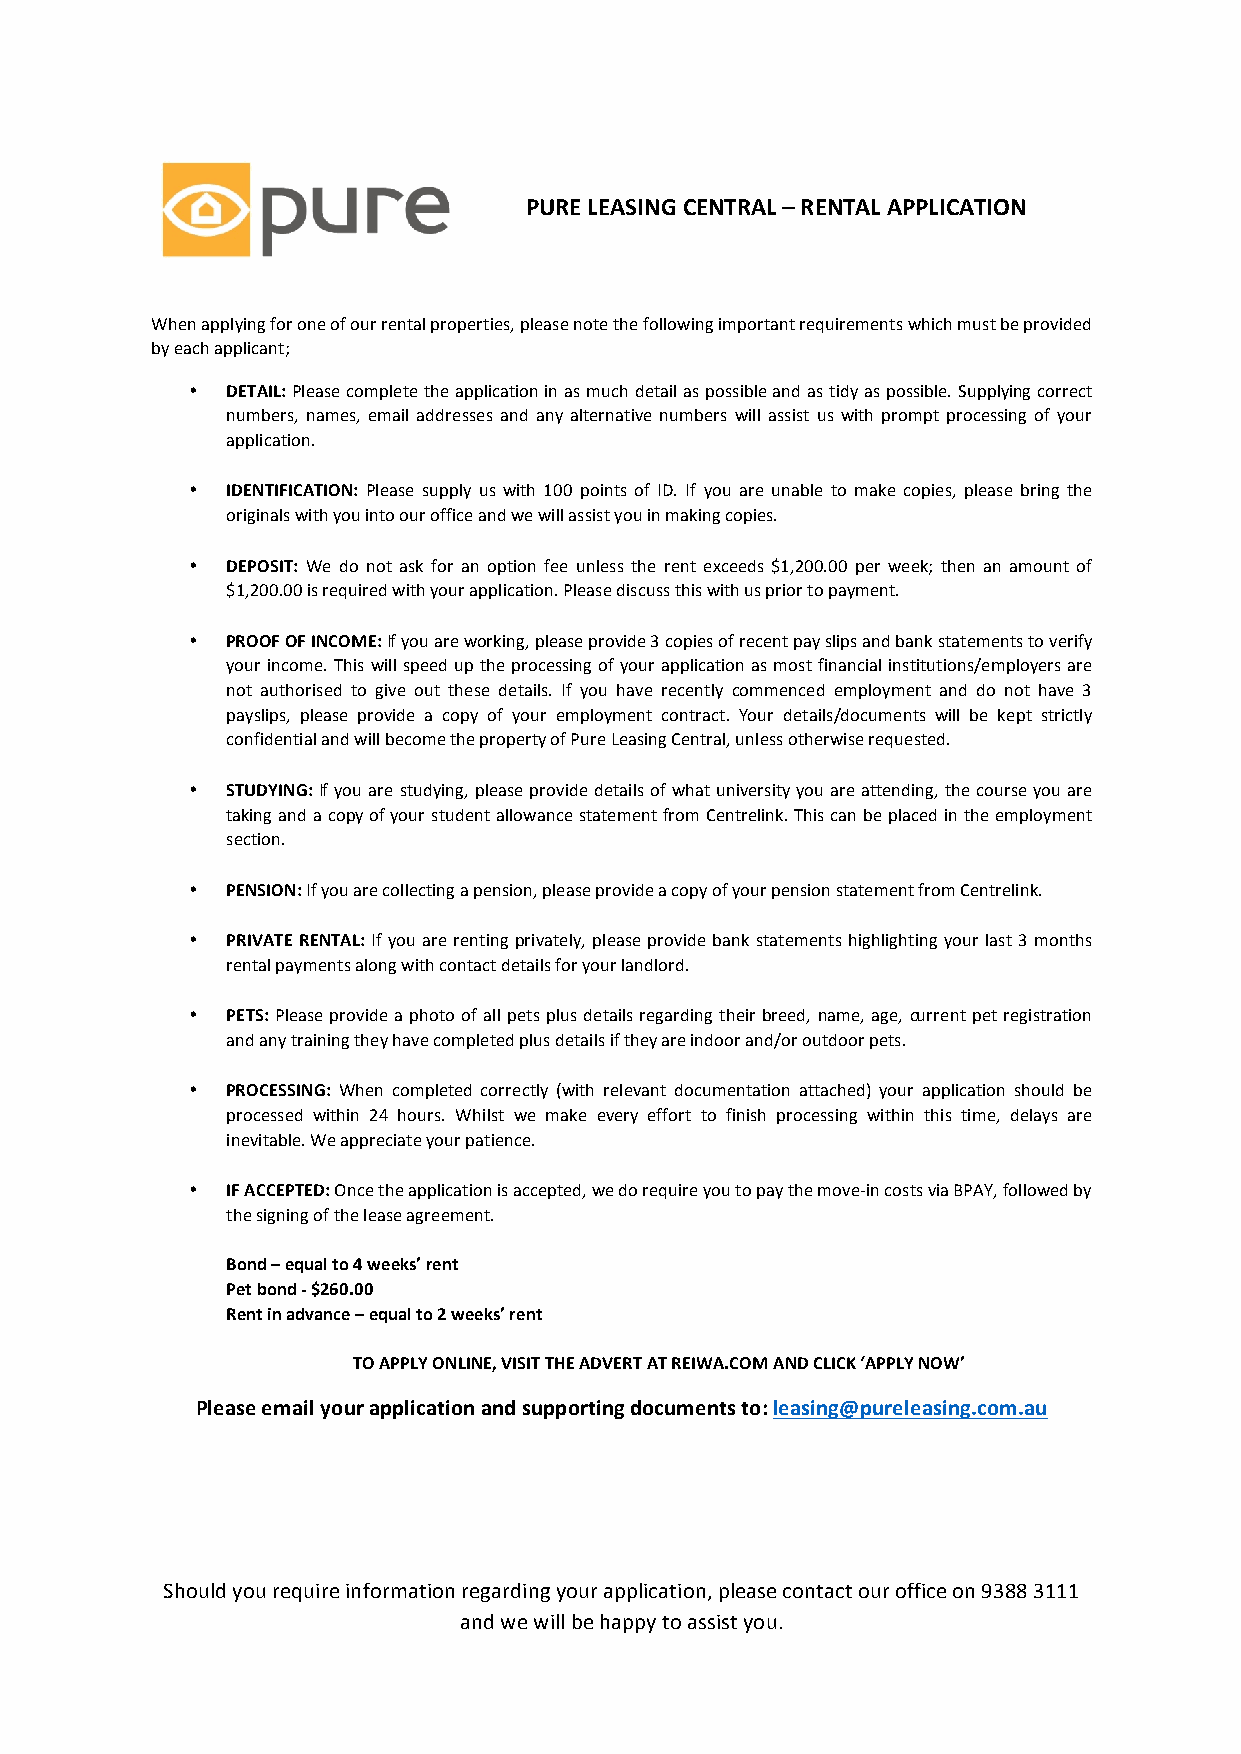
PURE LEASING CENTRAL – RENTAL APPLICATION
 When applying for one of our rental properties, please note the following important requirements which must be provided
 by each applicant;
 •  DETAIL: Please complete the application in as much detail as possible and as tidy as possible. Supplying correct
 numbers, names, email addresses and any alternative numbers will assist us with prompt processing of your
 application.
 •  IDENTIFICATION: Please supply us with 100 points of ID. If you are unable to make copies, please bring the
 originals with you into our office and we will assist you in making copies.
 •  DEPOSIT: We do not ask for an option fee unless the rent exceeds $1,200.00 per week; then an amount of
 $1,200.00 is required with your application. Please discuss this with us prior to payment.
 •  PROOF OF INCOME: If you are working, please provide 3 copies of recent pay slips and bank statements to verify
 your income. This will speed up the processing of your application as most financial institutions/employers are
 not authorised to give out these details. If you have recently commenced employment and do not have 3
 payslips, please provide a copy of your employment contract. Your details/documents will be kept strictly
 confidential and will become the property of Pure Leasing Central, unless otherwise requested.
 •  STUDYING: If you are studying, please provide details of what university you are attending, the course you are
 taking and a copy of your student allowance statement from Centrelink. This can be placed in the employment
 section.
 •  PENSION: If you are collecting a pension, please provide a copy of your pension statement from Centrelink.
 •  PRIVATE RENTAL: If you are renting privately, please provide bank statements highlighting your last 3 months
 rental payments along with contact details for your landlord.
 •  PETS: Please provide a photo of all pets plus details regarding their breed, name, age, current pet registration
 and any training they have completed plus details if they are indoor and/or outdoor pets.
 •  PROCESSING: When completed correctly (with relevant documentation attached) your application should be
 processed within 24 hours. Whilst we make every effort to finish processing within this time, delays are
 inevitable. We appreciate your patience.
 •  IF ACCEPTED: Once the application is accepted, we do require you to pay the move-in costs via BPAY, followed by
 the signing of the lease agreement.
 Bond – equal to 4 weeks’ rent
 Pet bond - $260.00
 Rent in advance – equal to 2 weeks’ rent
 TO APPLY ONLINE, VISIT THE ADVERT AT REIWA.COM AND CLICK ‘APPLY NOW’
 Please email your application and supporting documents to: leasing@pureleasing.com.au
 Should you require information regarding your application, please contact our office on 9388 3111
 and we will be happy to assist you.